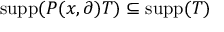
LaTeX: \operatorname { s u p p } ( P ( x , \partial ) T ) \subseteq \operatorname { s u p p } ( T )